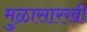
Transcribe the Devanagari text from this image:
मुळासारखी